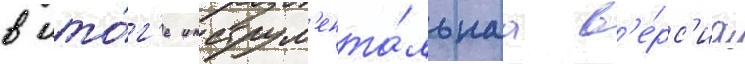
в ито́г'е инструм'ента́льнаа в'е́рс'иа